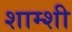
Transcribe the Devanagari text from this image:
शाम्शी